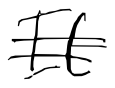
Text: It
Cross-out: double-line
Writing tool: digital_black